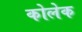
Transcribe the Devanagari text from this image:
कोलेक